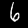
Label: 6